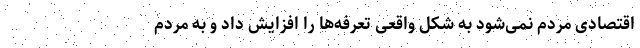
اقتصادی مردم نمی‌شود به شکل واقعی تعرفه‌ها را افزایش داد و به مردم